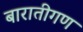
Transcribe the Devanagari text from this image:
बारातीगण